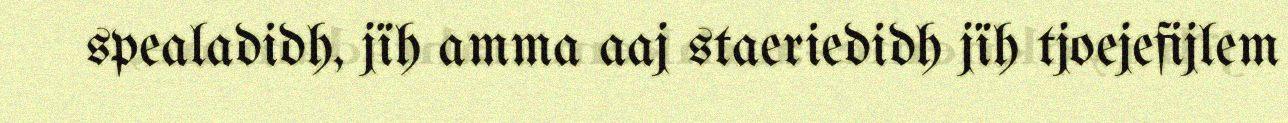
spealadidh, jïh amma aaj staeriedidh jïh tjoejefijlem